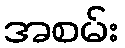
အစမ်း